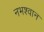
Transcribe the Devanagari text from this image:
नभश्वान